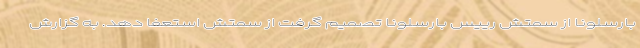
بارسلونا از سمتش رییس بارسلونا تصمیم گرفت از سمتش استعفا دهد. به گزارش